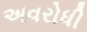
અવરોધી